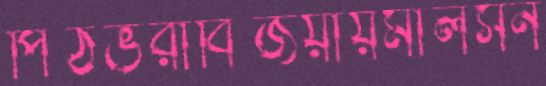
পিঠভরাবিজয়ায়মালসন